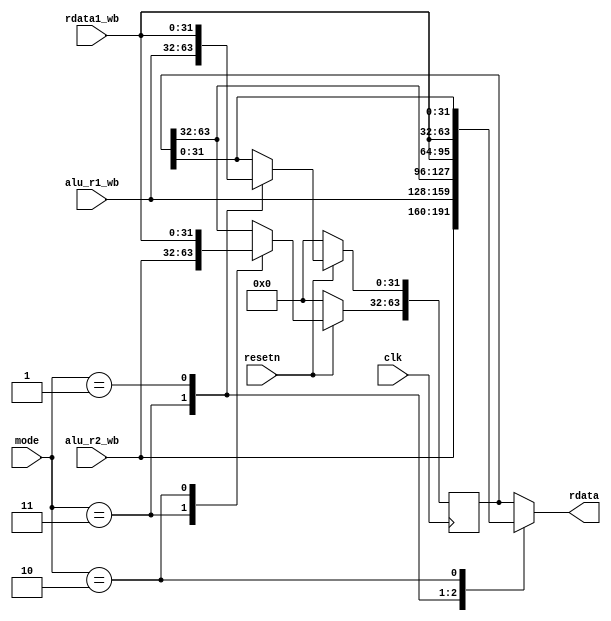
/*
**  
**  
**  HILO
**  
*/
module hilo_reg(
	input 					clk,
    input 					resetn,
	
    input 		[1:0]		mode,
    input 		[31:0]		rdata1_wb,
    input 		[31:0]		alu_r1_wb,
    input 		[31:0]		alu_r2_wb,

    output reg	[63:0]		rdata
);
    
    reg[63:0] hilo;

    always @(posedge clk) begin
        if(!resetn) begin
            hilo <= 64'h0;
        end
        else begin
            case(mode) //hilo6432
                2'b11: begin
                    hilo <= { alu_r2_wb,alu_r1_wb };
                end // 2'b00:
                2'b01: begin
                    hilo[31:0] <= rdata1_wb;
                end // 2'b01:
                2'b10: begin
                    hilo[63:32] <= rdata1_wb;
                end // 2'b10:
                default: begin
                    hilo <= hilo;
                end // default:
            endcase // mode
        end
    end

    always @(*) begin
        case(mode) //hilo643232
            2'b11: begin
                rdata <= { alu_r2_wb,alu_r1_wb };
            end // 2'b00:
            2'b01: begin
                rdata <= { hilo[63:32],rdata1_wb };
            end // 2'b01:
            2'b10: begin
                rdata <= { rdata1_wb,hilo[31:0] };
            end // 2'b10:
            default: begin
                rdata <= hilo;
            end // default:
        endcase // mode
    end // always @(*)

endmodule